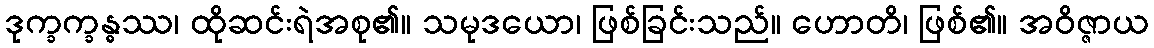
ဒုက္ခက္ခန္ဓဿ၊ ထိုဆင်းရဲအစု၏။ သမုဒယော၊ ဖြစ်ခြင်းသည်။ ဟောတိ၊ ဖြစ်၏။ အဝိဇ္ဇာယ